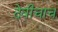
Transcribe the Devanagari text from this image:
देवीचाच